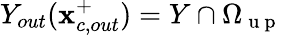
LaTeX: Y_{out}(\mathbf{x}_{c,out}^{+})=Y\cap{\Omega}_{\mathrm{~u~p~}}